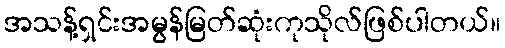
အသန့်ရှင်းအမွန်မြတ်ဆုံးကုသိုလ်ဖြစ်ပါတယ်။